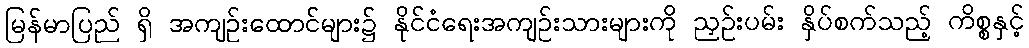
မြန်မာပြည် ရှိ အကျဉ်းထောင်များ၌ နိုင်ငံရေးအကျဉ်းသားများကို ညှဉ်းပမ်း နှိပ်စက်သည့် ကိစ္စနှင့်